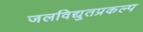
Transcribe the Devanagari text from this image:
जलविद्युतप्रकल्प